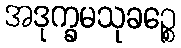
အဒုက္ခမသုခဉ္စေ